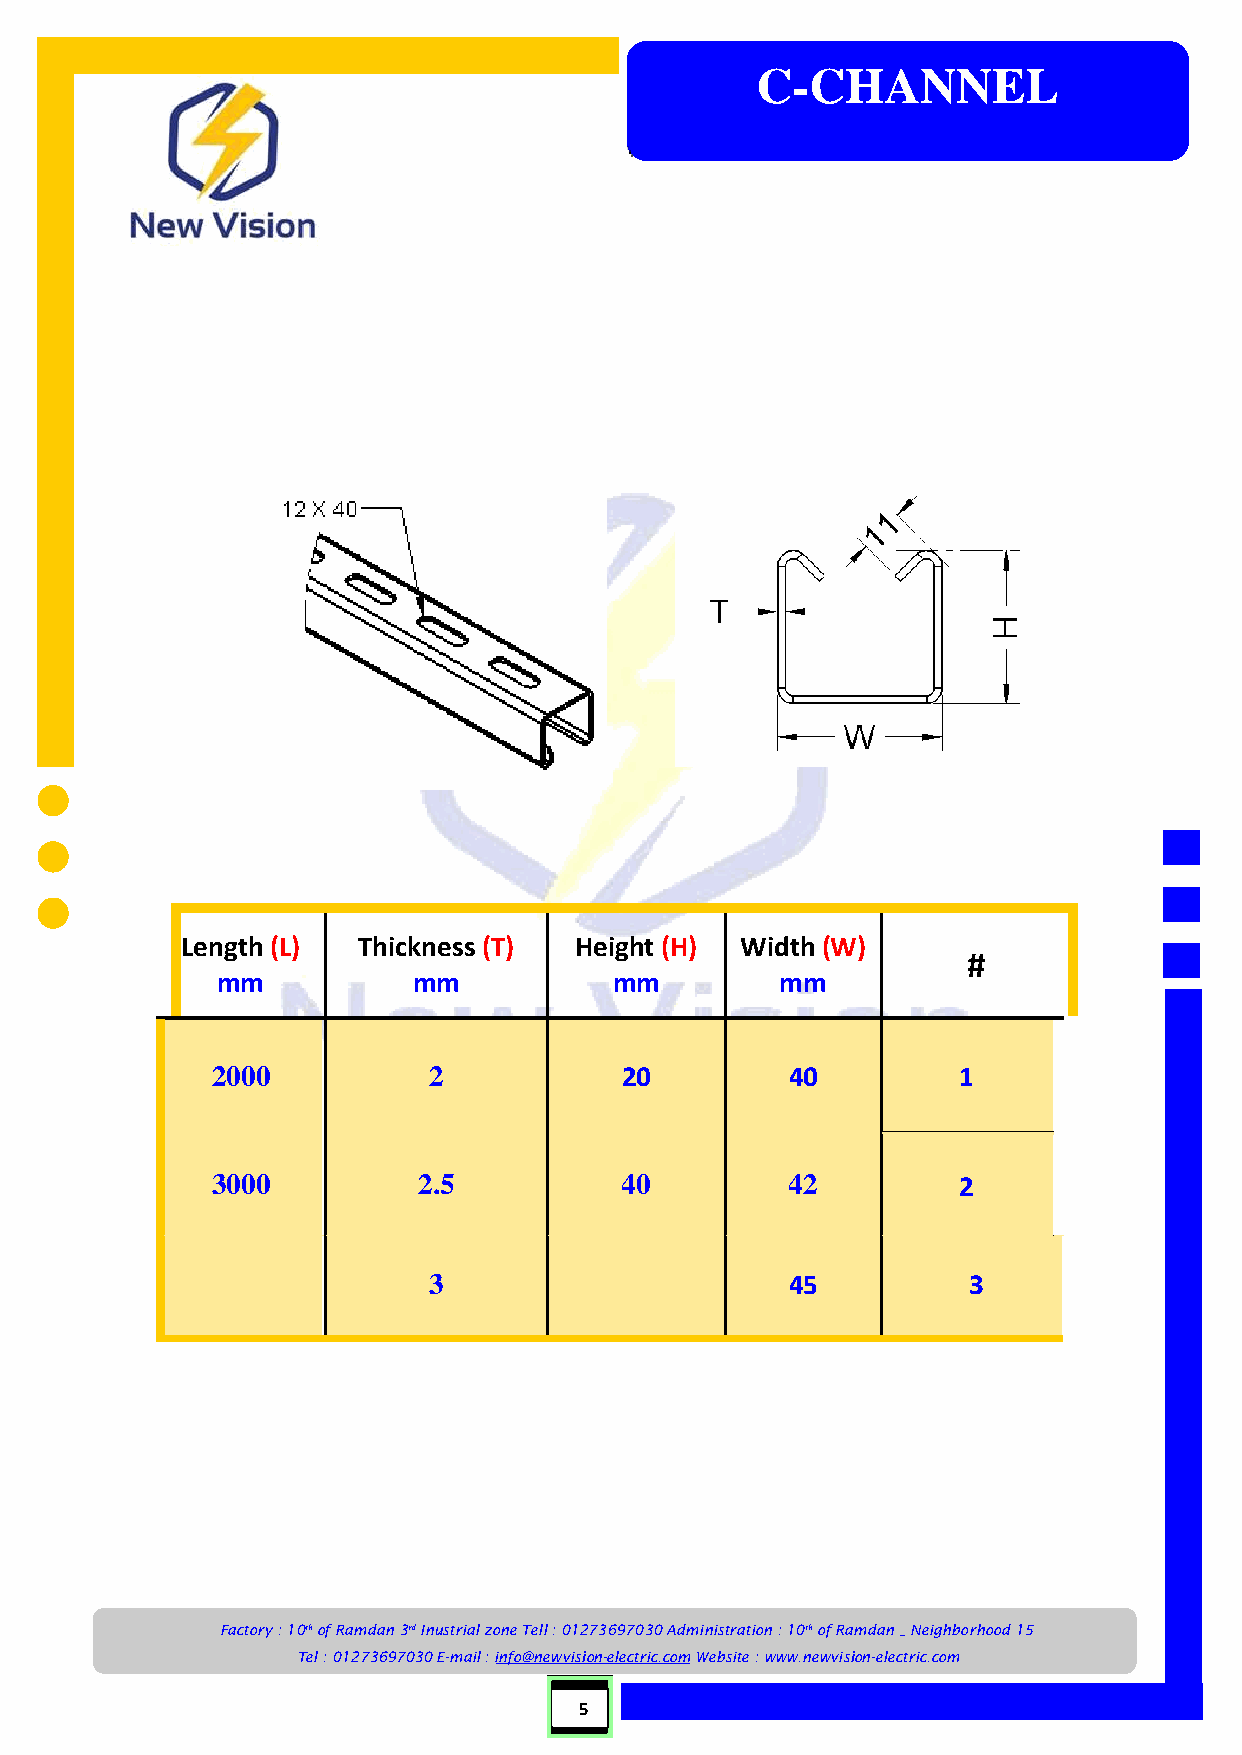
C-CHANNEL
 Length (L)  Thickness (T) Height (H) Width (W)
 #
 mm           mm            mm         mm
 2000          2            20         40         1
 3000          2.5          40         42         2
 3                       45          3
 Factory : 10th of Ramdan 3rd Inustrial zone Tell : 01273697030 Administration : 10th of Ramdan _ Neighborhood 15
 Tel : 01273697030 E-mail : info@newvision-electric.com Website : www.newvision-electric.com
 5